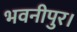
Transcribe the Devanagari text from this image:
भवनीपुर।